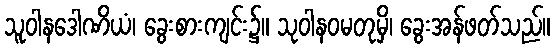
သူဝါနဒေါဏိယံ၊ ခွေးစားကျင်း၌။ သုဝါနဝမတုမှိ၊ ခွေးအန်ဖတ်သည်။